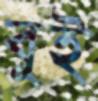
বুই